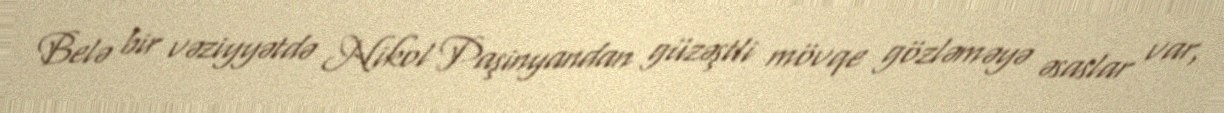
Belə bir vəziyyətdə Nikol Paşinyandan güzəştli mövqe gözləməyə əsaslar var,